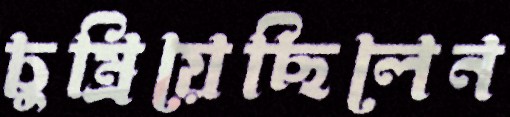
চুম্‌রিয়েছিলেন